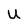
Character: U